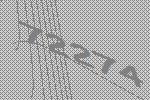
72274